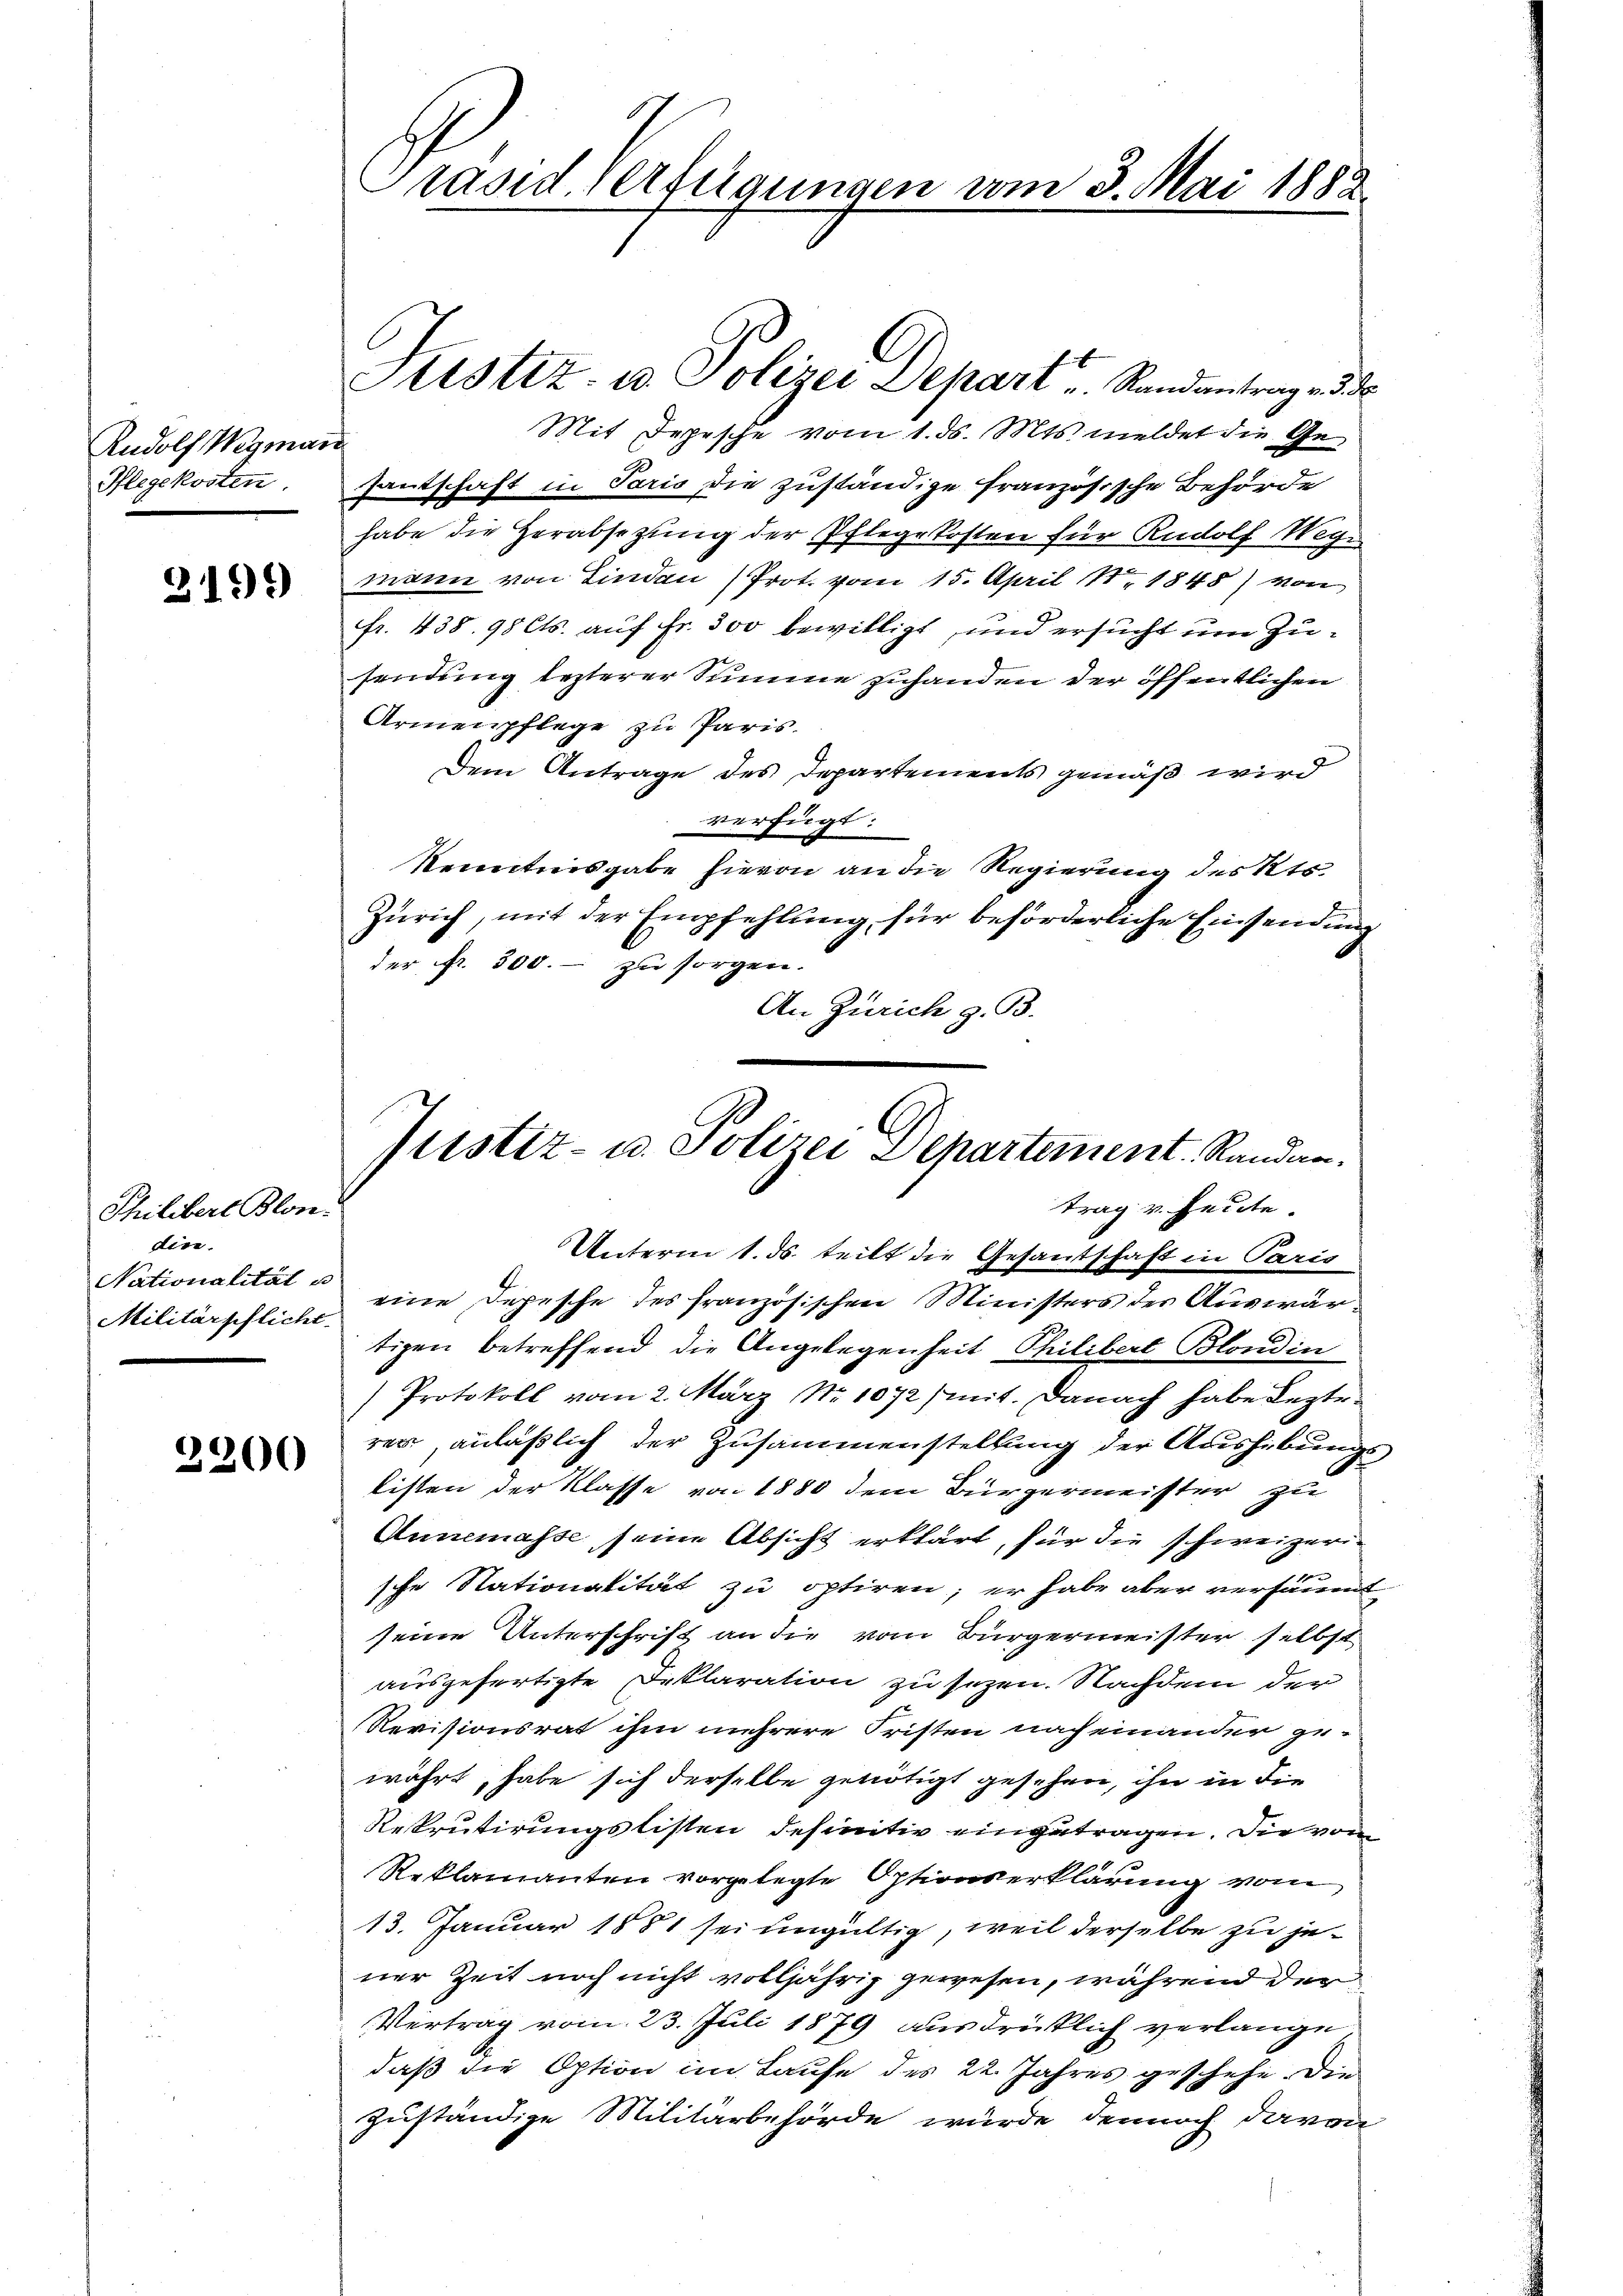
Rudolf Wegman
Pflegekosten.

3109)

Thilibert Blon.
dire.
Militärpflicht.

2200

Präsid. Verfügungen vom 3. Mai 1882.

Mit Depesche vom 1. ds. Mts. meldet die Ge¬
Zantschaft in Paris die zuständige französische Behörde
habe die Herabsezung der Pflegekosten für Rudolf Wege
mann von Lindau (Prot. vom 15. April 18. 1848) von
fr. 438. 98 Cts. auf Fr. 300 bewilligt, und ersucht um Zusendung lezterer Summe zuhanden der öffentlichen
Armenpflege zu Paris
Dem Antrage des Departements gemäß wird
verfügt:
Kenntnisgabe hievon an die Regierung des Kts.
Zürich, mit der Empfehlung für beförderliche Einsendung
der Nr. 300.- zu sorgen.
An Zürich z. B.

Justiz in Polizei Depart u. Standentrag ad

Justiz- u. Polizei Departement. Randan
trag v. heute.

Unterm 1. ds. teilt die Gesantschaft in Paris
Nationalität eine Depesche des französischen Ministers der Auswärtigen betreffend die Angelegenheit Philibert Blondin
Protokoll vom 2. März No 1072) mit. Danach habe Lezte
rer, anläßlich der Zusammenstellung der Aushebungs
listen der Klasse von 1880 dem Bürgermeister zu
Annemasse seine Absicht erklärt, für die schweizer
sche Stationalität zu optiren; er habe aber versäumt
seine Unterschrift an die vom Bürgermeister selbst
ausgefertigte Deklaration zu sezen. Nachdem der
Revisionsrat ihm mehrere Fristen nach einander gewährt, habe sich derselbe genötigt gesehen, ihn in die
Rekrutirungslisten definitiv eingetragen. Die vom
Reklamanten vorgelegte Optionserklärung vom
13. Januar 1881 sei ungültig, weil derselbe zu jener Zeit noch nicht volljährig gewesen, während der
Vertrag vom 23. Juli 1879 ausdrücklich verlange
daß die Option im Laufe des 22. Jahres geschehe. Die
zuständige Militärbehörde würde dennoch davon
s